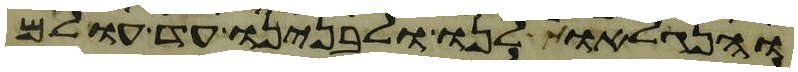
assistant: והנגלאות לנו ולבנינו עד עולם